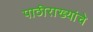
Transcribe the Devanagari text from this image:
पाठीराख्यांचे